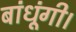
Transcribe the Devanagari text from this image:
बांधूंगी।